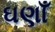
ઘણાઁ